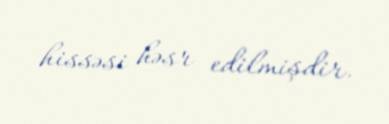
hissəsi həsr edilmişdir.